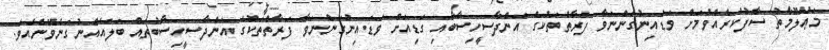
މަޢުލޫމާތު ސާފުކުރެއްވުމަށް ވަޑައިނުގަންނަވާ ފަރާތްތަކުގެ އަންދާސީހިސާބާއި ގަޑިއަށް ވަޑައިނުގަންނަވާ ފަރާތްތަކުގެ އަންދާސީހިސާބުތައް ބަލައެއްނުގަނެވޭނެއެވެ.